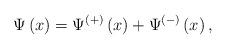
LaTeX: \begin{align*}\Psi \left( x\right) =\Psi ^{\left( +\right) }\left( x\right) +\Psi ^{\left(-\right) }\left( x\right) , \end{align*}